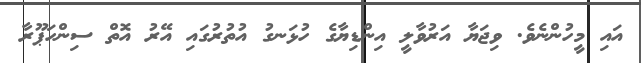
އައި މީހުންނެވެ. ވިޖަޔާ އަރުވާލީ އިންޑިޔާގެ ހުޅަނގު އުތުރުގައި އޭރު އޮތް ސިންހަޕޫރާ